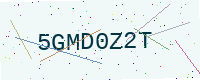
Text: 5GMD0Z2T